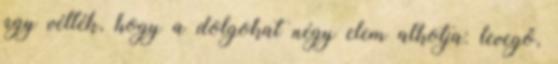
úgy vélték, hogy a dolgokat négy elem alkotja: levegő,